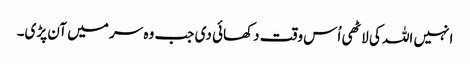
انہیں اللہ کی لاٹھی اُس وقت دکھائی دی جب وہ سر میں آن پڑی۔